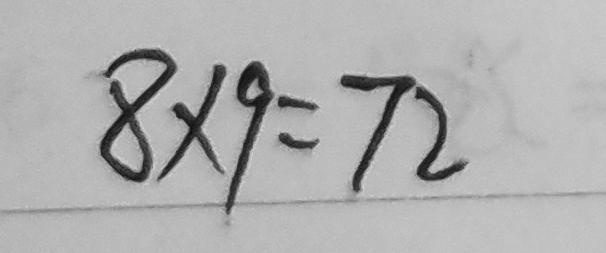
8 \times 9 = 7 2